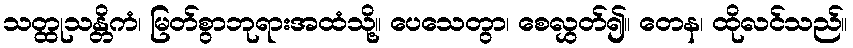
သတ္ထုသန္တိကံ၊ မြတ်စွာဘုရားအထံသို့။ ပေသေတွာ၊ စေလွှတ်၍။ တေန၊ ထိုလင်သည်။